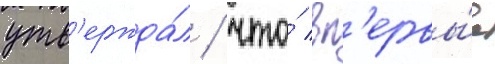
утв'ержда́л / что́ вп'ервы́е